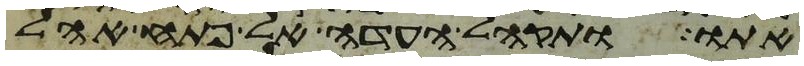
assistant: אתו ותקהל העדה אל פתח אהל